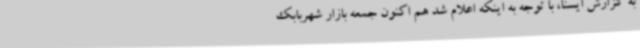
به گزارش ایسنا، با توجه به اینکه اعلام شد هم اکنون جمعه بازار شهربابک